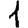
Digit: 1